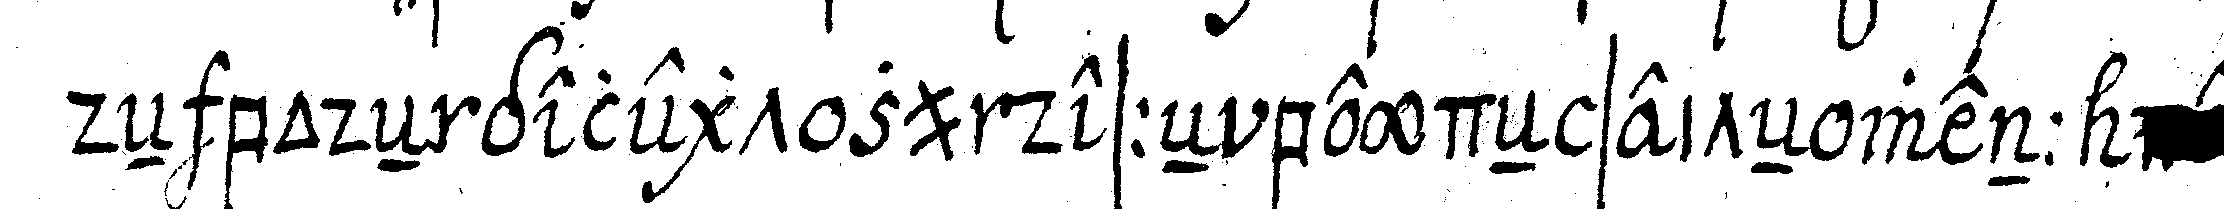
deN bodeN gelegt zu desseN beydeN seiteN wenn